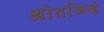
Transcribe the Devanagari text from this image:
श्रोतजिव्हे